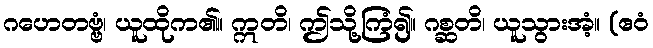
ဂဟေတဗ္ဗံ၊ ယူထိုက၏။ ဣတိ၊ ဤသို့ကြံ၍။ ဂစ္ဆတိ၊ ယူသွားအံ့။ (ဧဝံ